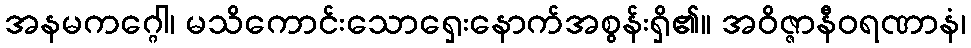
အနမကဂ္ဂေါ၊ မသိကောင်းသောရှေးနောက်အစွန်းရှိ၏။ အဝိဇ္ဇာနီဝရဏာနံ၊